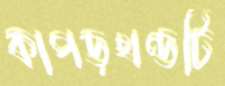
কাপড়খণ্ডটি